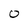
Character: 0